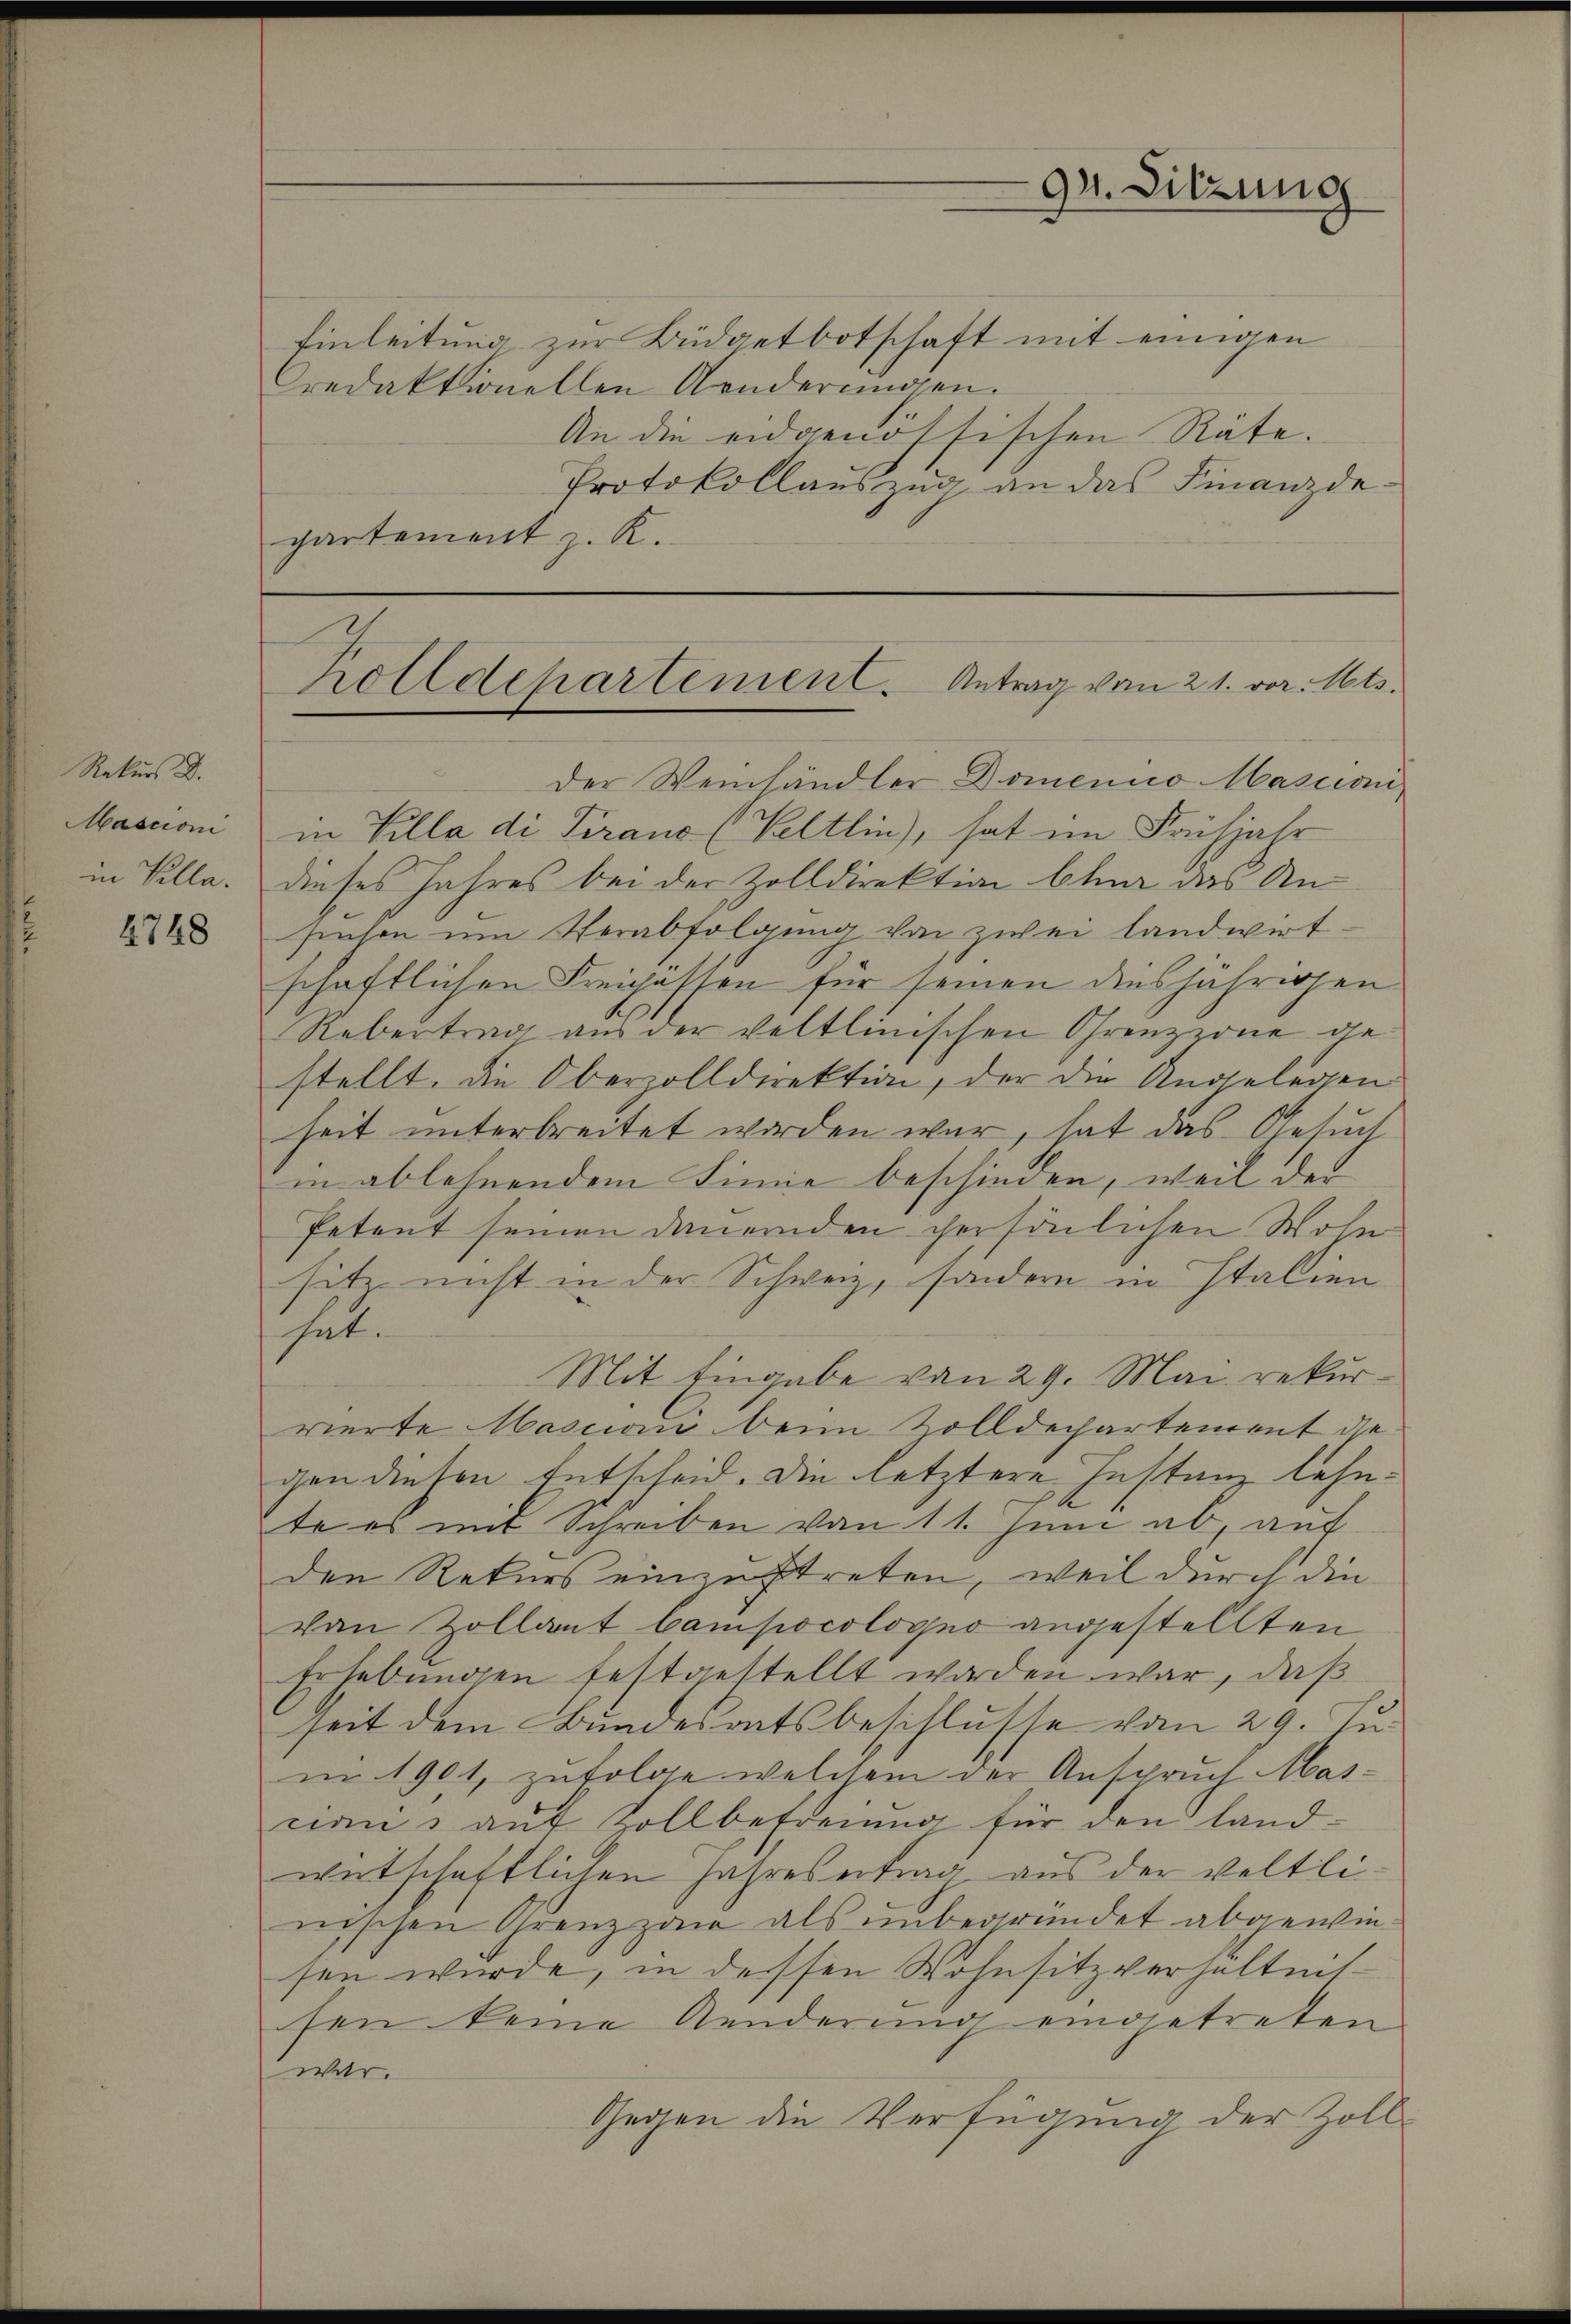
Rekurs D.
Mascioni
in Villa.

4748

Einleitung zur Büdgetbotschaft mit einigen
redaktionellen Aenderungen.
An die eidgenössischen Räte.
Protokollauszug an das Finanzde.
partement z. K.

der Weinhändler Domenico Mascian
in Villa di Piraus (Veltlin), hat im Frühjahr
dieses Jahres bei der Zolldirektion Chur das Ansenson um Verabfolgung von zwei landwirt-
schaftlichen Freihassen für seinen diesjährigen
Uebertrag aus der veltlinischen Grenzzone gestellt, die Oberzolldirektion, der die Angelegen
heit unterbreitet worden war, hat das Gesuch
in ablehnendem Sinne beschieden, weil der
Petent seinen dauernden persönlichen Wohn
sitz nicht in der Schweiz, sondern in Italien
hut.
Mit Eingabe von 29. Mai rekurvierte Mascion beim Zolldechartement die
gen diesen Entscheid. Die letztere Instanz lehnte es mit Schreiben von 11. Juni ab, auf
den Rekurs einzustreten, weil durch die
van Zollant Campocologno angestellten
Erhebungen festgestellt worden war, daß
seit dem Bundesratsbeschlusse vom 29. Ju
i 1901, zufolge welchem der Anspruch Mascinis auf Vollbefreung für den landwirtschaftlichen Jahresertrag aus der Veltlinischen Grenzzan als unbegründet abgewiesen wurde, in dessen Wohnsitzverhaltnissen keine Aenderung eingetreten
war.
Gegen die Verfügung der Zoll¬

94. Sitzung

Rolldepartement. Antrag vom 21. vor. Mts.